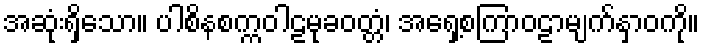
အဆုံးရှိသော။ ပါစိနစက္ကဝါဠမုခဝတ္တံ၊ အရှေ့စကြာဝဠာမျက်နှာဝကို။